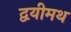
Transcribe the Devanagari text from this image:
द्वयीमथ